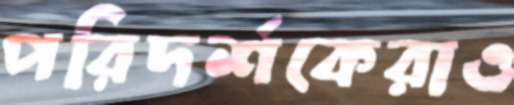
পরিদর্শকেরাও